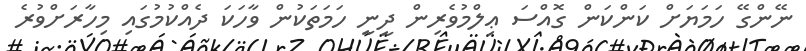
ނޭންގޭ ހަމަޔަށް ކަންކަން ގޮއްސަ ޢިލްމުވެރިން ދީނީ ހަމަތަކުން ވާހަކަ ދެއްކުމުގައި މިހާރަށްވުރެ